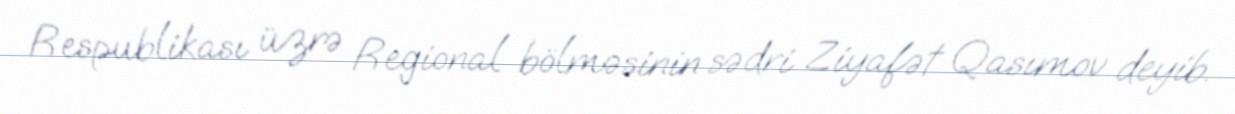
Respublikası üzrə Regional bölməsinin sədri Ziyafət Qasımov deyib.